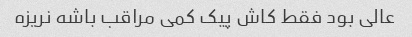
عالی بود فقط کاش پیک کمی مراقب باشه نریزه